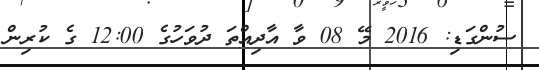
ސުންގަޑި: 2016 މޭ 08 ވާ އާދިއްތަ ދުވަހުގެ 12:00 ގެ ކުރިން